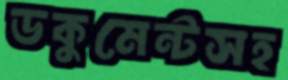
ডকুমেন্টসহ